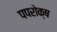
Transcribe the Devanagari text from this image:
पपरोक्ष